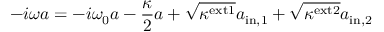
- i \omega a = - i \omega _ { 0 } a - \frac { \kappa } { 2 } a + \sqrt { \kappa ^ { \mathrm { e x t 1 } } } a _ { \mathrm { i n , 1 } } + \sqrt { \kappa ^ { \mathrm { e x t 2 } } } a _ { \mathrm { i n , 2 } }